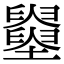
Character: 𡓵